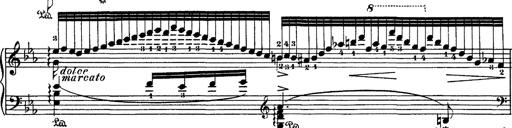
Title: Hungarian Rhapsody No.4
Composer: Franz Liszt
Key: E-flat major